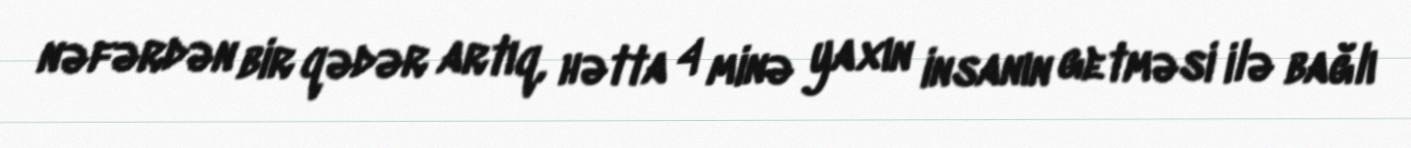
nəfərdən bir qədər artıq, hətta 4 minə yaxın insanın getməsi ilə bağlı